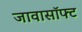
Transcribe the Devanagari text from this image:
जावासॉफ्ट